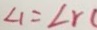
\angle 1 = \angle r